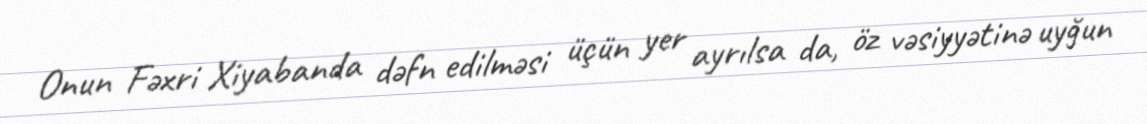
Onun Fəхri Хiyabanda dəfn edilməsi üçün yer ayrılsa da, öz vəsiyyətinə uyğun